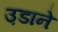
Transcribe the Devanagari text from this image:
उ़डाने